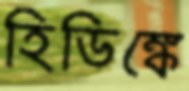
হিডিঙ্কে